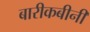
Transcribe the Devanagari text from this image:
बारीकबीनी